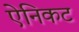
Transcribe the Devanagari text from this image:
ऐनिकट